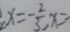
x = - \frac { 2 } { 3 } , x = -